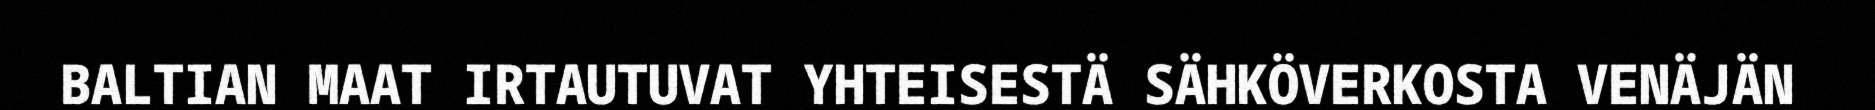
BALTIAN MAAT IRTAUTUVAT YHTEISESTÄ SÄHKÖVERKOSTA VENÄJÄN